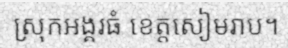
ស្រុកអង្គរធំ ខេត្តសៀមរាប។